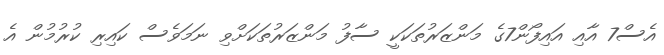
އެސް7 އާއި އައިފޯން7ގެ މަންޒަރުތަކަކީ ސާފު މަންޒަރުތަކަށްވި ނަމަވެސް ކައިރި ކުރުމުން އެ